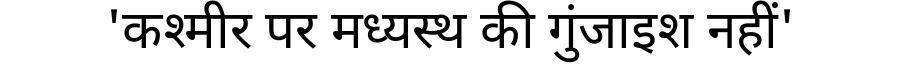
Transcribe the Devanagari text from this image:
'कश्मीर पर मध्यस्थ की गुंजाइश नहीं'